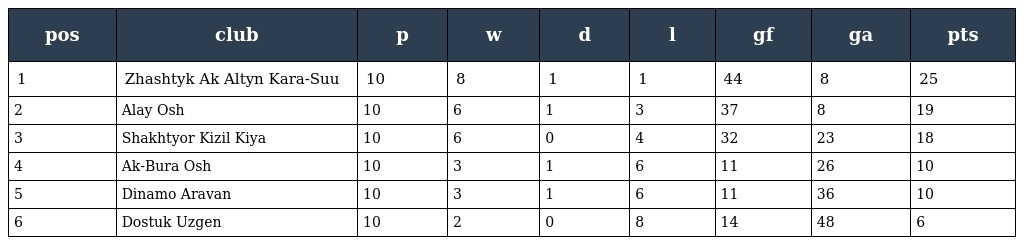
| pos | club | p | w | d | l | gf | ga | pts |
 | --- | --- | --- | --- | --- | --- | --- | --- | --- |
 | 1 | Zhashtyk Ak Altyn Kara-Suu | 10 | 8 | 1 | 1 | 44 | 8 | 25 |
 | 2 | Alay Osh | 10 | 6 | 1 | 3 | 37 | 8 | 19 |
 | 3 | Shakhtyor Kizil Kiya | 10 | 6 | 0 | 4 | 32 | 23 | 18 |
 | 4 | Ak-Bura Osh | 10 | 3 | 1 | 6 | 11 | 26 | 10 |
 | 5 | Dinamo Aravan | 10 | 3 | 1 | 6 | 11 | 36 | 10 |
 | 6 | Dostuk Uzgen | 10 | 2 | 0 | 8 | 14 | 48 | 6 |